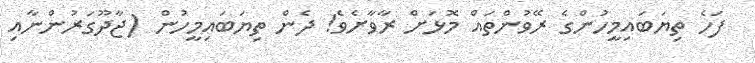
ފަހެ ތިޔަބައިމީހުންގެ ރޭވުންތައް މޮޅަށް ރާވާށެވެ! ދެން ތިޔަބައިމީހުން (ޖާދޫގަރުންނާއި